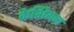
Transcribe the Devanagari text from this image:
केशियन